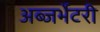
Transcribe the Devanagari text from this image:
अब्जर्भेटरी